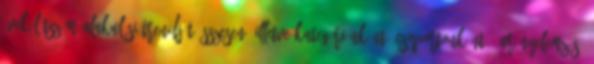
évek létszám-alakulási trendjét összesen, illetve kategóriánként, csoportonként . Arányelemzés: